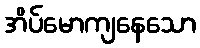
အိပ်မောကျနေသော